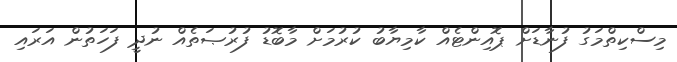
މިސްކިތްމަގު ފުނާޑަށް ޕޮއިންޓެއް ކާމިޔާބު ކުރުމަށް މާބޮޑު ފުރުޞަތެއް ނުދީ ފަހަތުން އަރައި